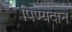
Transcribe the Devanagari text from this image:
पिण्यदान